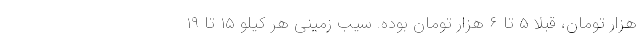
هزار تومان، قبلا ۵ تا ۶ هزار تومان بوده. سیب زمینی هر کیلو ۱۵ تا ۱۹